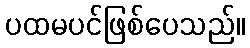
ပထမပင်ဖြစ်ပေသည်။